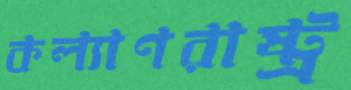
কল্যাণরাষ্ট্র